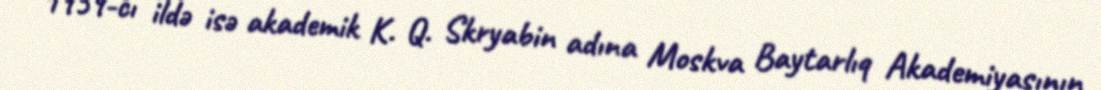
1959-cı ildə isə akademik K. Q. Skryabin adına Moskva Baytarlıq Akademiyasının